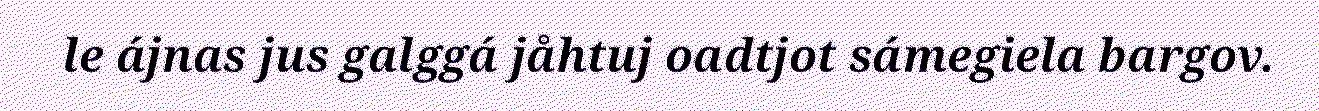
le ájnas jus galggá jåhtuj oadtjot sámegiela bargov.